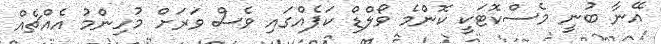
އޭނާ ބުނީ މެސްކޮޓަކީ ކޮންމެ ވޯލްޑް ކަޕެއްގައި ވެސް ވަރަށް މުހިންމު އެއްޗެއް